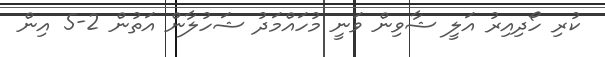
ކުރި ހޯދިއިރު އަލީ ޝާވިން ވަނީ މުހައްމަދު ޝަހުލާން އަތުން 2-5 އިން